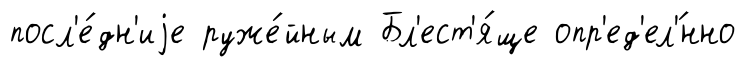
посл'е́дн'иjе руже́йным Бл'ест'я́ще опр'ед'ел'́нно